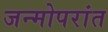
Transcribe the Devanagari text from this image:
जन्मोपरांत